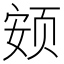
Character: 𱂨